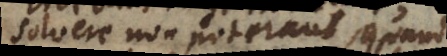
solvere non poterant, quando